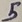
Text: 5